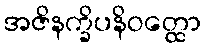
အဇိနက္ခိပနိဝတ္ထော